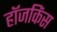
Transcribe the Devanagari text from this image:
हॉजकिंस